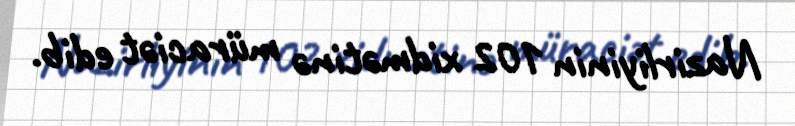
Nazirliyinin 102 xidmətinə müraciət edib.